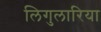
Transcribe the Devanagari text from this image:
लिगुलारिया